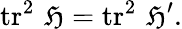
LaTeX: \operatorname{tr}^{2}\, {\mathfrak{H}}=\operatorname{tr}^{2}\, {\mathfrak{H}}^{\prime}.